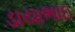
ડાયાભાઇ